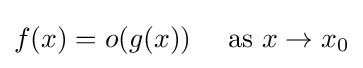
f(x)=o(g(x))\quad {\text{ as }}x\to x_{0}